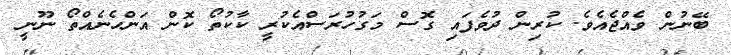
ބޭނުން ވެއްޖެއެވެ. ކުރިން ދުވެފައި ގޮސް މަގުހުރަސްއެކުރީ ކާކުތޯ ކޮން އަންހެނެއްތޯ ނޫނީ